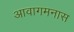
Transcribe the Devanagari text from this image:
आवागमनास